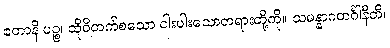
ဧတာနိ ပဉ္စ၊ ထိုဝိတက်စသော ငါးပါးသောတရားတို့ကို။ သမန္နာဂတင်္ဂါနီတိ၊